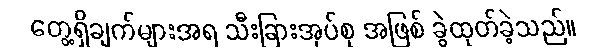
တွေ့ရှိချက်များအရ သီးခြားအုပ်စု အဖြစ် ခွဲထုတ်ခဲ့သည်။